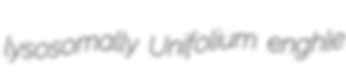
lysosomally Unifolium enghle